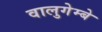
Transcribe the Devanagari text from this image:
वालुगेम्बे